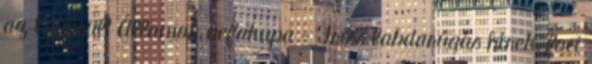
az Egyesült Államok uefakupa - Friss labdarúgás hírek, foci